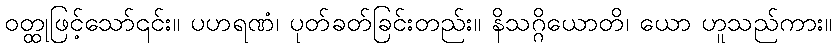
ဝတ္ထုဖြင့်သော်၎င်း။ ပဟရဏံ၊ ပုတ်ခတ်ခြင်းတည်း။ နိသဂ္ဂိယောတိ၊ ယော ဟူသည်ကား။